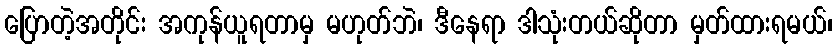
ပြောတဲ့အတိုင်း အကုန်ယူရတာမှ မဟုတ်ဘဲ၊ ဒီနေရာ ဒါသုံးတယ်ဆိုတာ မှတ်ထားရမယ်၊